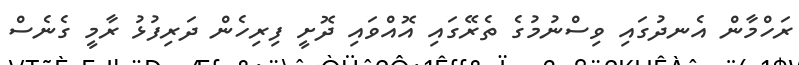
ރަހްމާން އެނދުގައި ވިސްނުމުގެ ތެރޭގައި އޮއްވައި ދޮށީ ފިރިހެން ދަރިފުޅު ރާމީ ގެނެސް